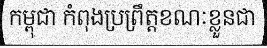
កម្ពុជា កំពុងប្រព្រឹត្តខណៈខ្លួនជា